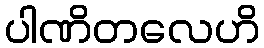
ပါဏိတလေဟိ